Scientific memoirs by medical officers of the Army of India - Part X,
Year: 1897
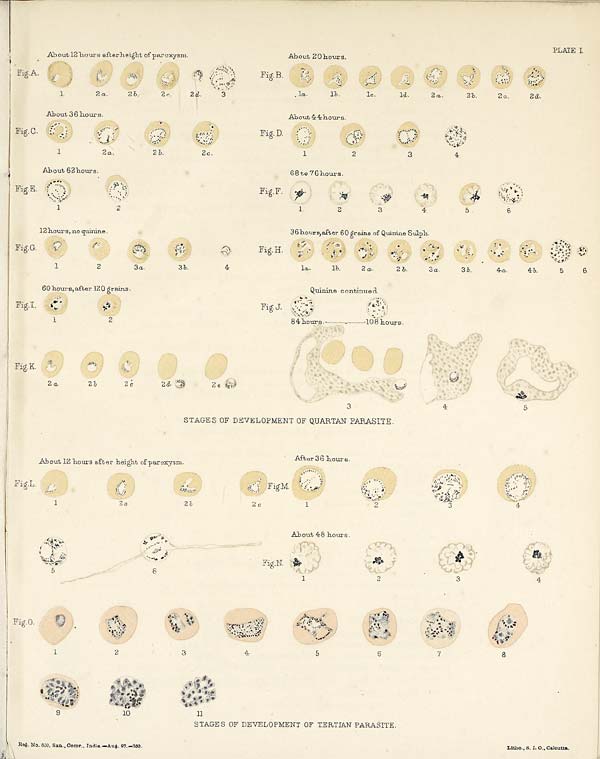
PLATE I.
STAGES OF DEVELOPMENT OF QUARTAN PARASITE.
STAGES OF DEVELOPMENT OF TERTIAN PARASITE.
R e g . N o . 6 0 0 , S a n . , C o m r . , I n d i a . — A u g . 9 7 . — 2 5 0 .
L i t h o . , S . I . O . , C a l c u t t a .